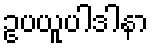
ဥပယူပါဒါနာ